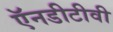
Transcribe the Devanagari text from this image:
ऍनडीटीवी